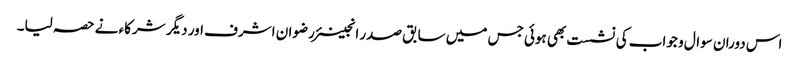
اس دوران سوال و جواب کی نشست بھی ہوئی جس میں سابق صدر انجینئر رضوان اشرف اور دیگر شرکاء نے حصہ لیا۔